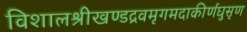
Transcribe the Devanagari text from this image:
विशालश्रीखण्डद्रवमृगमदाकीर्णघुसृण